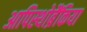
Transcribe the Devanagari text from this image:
आपिस्थोब्रैंकिया